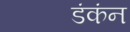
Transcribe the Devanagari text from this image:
डंकंन